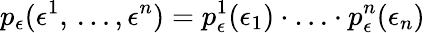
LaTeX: p_{\epsilon}(\epsilon^{1},\, \ldots,\epsilon^{n})=p_{\epsilon}^{1}(\epsilon_{1})\cdot\ldots\cdot p_{\epsilon}^{n}(\epsilon_{n})